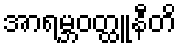
အာရမ္ဘဝတ္ထူနီတိ